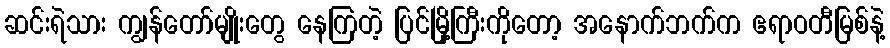
ဆင်းရဲသား ကျွန်တော်မျိုးတွေ နေကြတဲ့ ပြင်မြို့ကြီးကိုတော့ အနောက်ဘက်က ဧရာဝတီမြစ်နဲ့